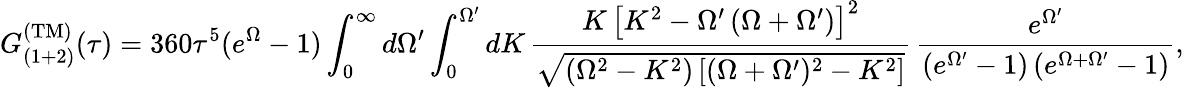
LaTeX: G_{(1+2)}^{\mathrm{(TM)}}(\tau)=360\tau^{5}(e^{\Omega}-1)\int_{0}^{\infty}d\Omega^{\prime}\int_{0}^{\Omega^{\prime}}dK\, \frac{K\, \left[K^{2}-\Omega^{\prime}\left(\Omega+\Omega^{\prime}\right)\right]^{2}}{\sqrt{(\Omega^{2}-K^{2})\left[(\Omega+\Omega^{\prime})^{2}-K^{2}\right]}}\, \frac{e^{\Omega^{\prime}}}{\left(e^{\Omega^{\prime}}-1\right)\left(e^{\Omega+\Omega^{\prime}}-1\right)},